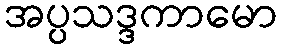
အပ္ပသဒ္ဒကာမော